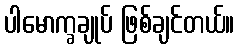
ပါမောက္ခချုပ် ဖြစ်ချင်တယ်။